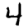
Digit: 4